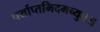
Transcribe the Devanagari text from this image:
पर्याप्तमिदमच्युत॥